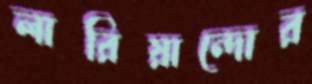
লারিয়ান্দোর